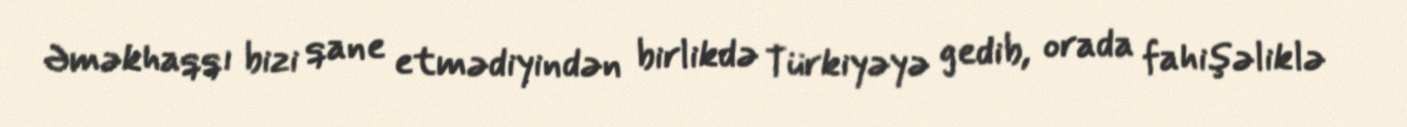
Əməkhaqqı bizi qane etmədiyindən birlikdə Türkiyəyə gedib, orada fahişəliklə